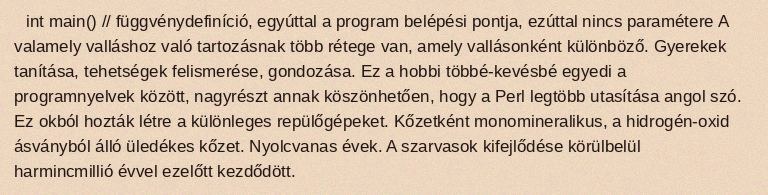
int main() // függvénydefiníció, egyúttal a program belépési pontja, ezúttal nincs paramétere A valamely valláshoz való tartozásnak több rétege van, amely vallásonként különböző. Gyerekek tanítása, tehetségek felismerése, gondozása. Ez a hobbi többé-kevésbé egyedi a programnyelvek között, nagyrészt annak köszönhetően, hogy a Perl legtöbb utasítása angol szó. Ez okból hozták létre a különleges repülőgépeket. Kőzetként monomineralikus, a hidrogén-oxid ásványból álló üledékes kőzet. Nyolcvanas évek. A szarvasok kifejlődése körülbelül harmincmillió évvel ezelőtt kezdődött.